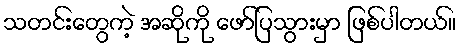
သတင်းတွေကဲ့ အဆိုကို ဖော်ပြသွားမှာ ဖြစ်ပါတယ်။